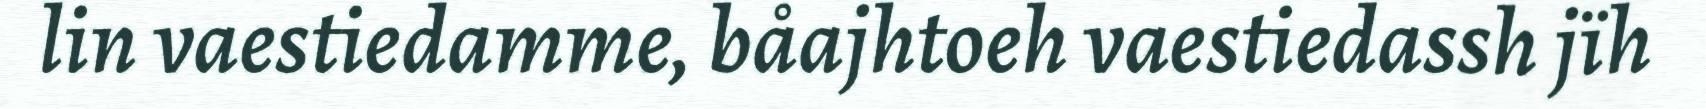
lin vaestiedamme, båajhtoeh vaestiedassh jïh